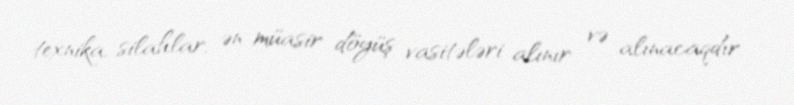
texnika, silahlar, ən müasir döyüş vasitələri alınır və alınacaqdır.